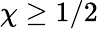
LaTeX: \chi\ge 1/2